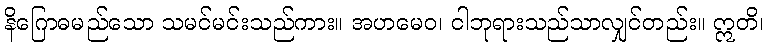
နိဂြောဓမည်သော သမင်မင်းသည်ကား။ အဟမေဝ၊ ငါဘုရားသည်သာလျှင်တည်း။ ဣတိ၊